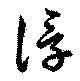
浮